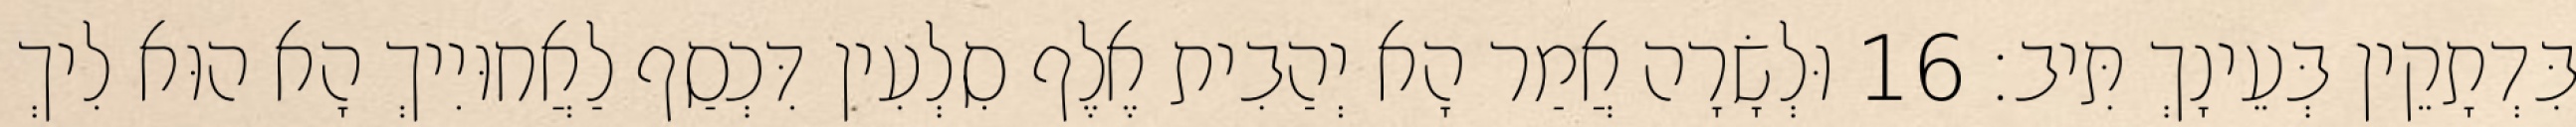
בִּדְתָקֵין בְּעֵינָךְ תִּיב׃ 16 וּלְשָׂרָה אֲמַר הָא יְהַבִית אֶלֶף סִלְעִין דִּכְסַף לַאֲחוּיִיךְ הָא הוּא לִיךְ